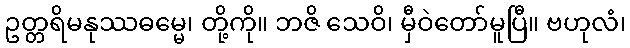
ဥတ္တရိမနုဿဓမ္မေ၊ တို့ကို။ ဘဇိ သေဝိ၊ မှီဝဲတော်မူပြီ။ ဗဟုလံ၊